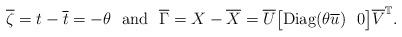
LaTeX: \begin{align*} \overline{\zeta}=t-\overline{t}=-\theta\ \ {\rm and}\ \ \overline{\Gamma}=X-\overline{X}=\overline{U}\big[{\rm Diag}(\theta\overline{u})\ \ 0\big]\overline{V}^{\mathbb{T}}. \end{align*}